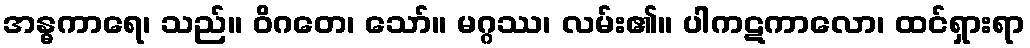
အန္ဓကာရေ၊ သည်။ ဝိဂတေ၊ သော်။ မဂ္ဂဿ၊ လမ်း၏။ ပါကဋကာလော၊ ထင်ရှားရာ